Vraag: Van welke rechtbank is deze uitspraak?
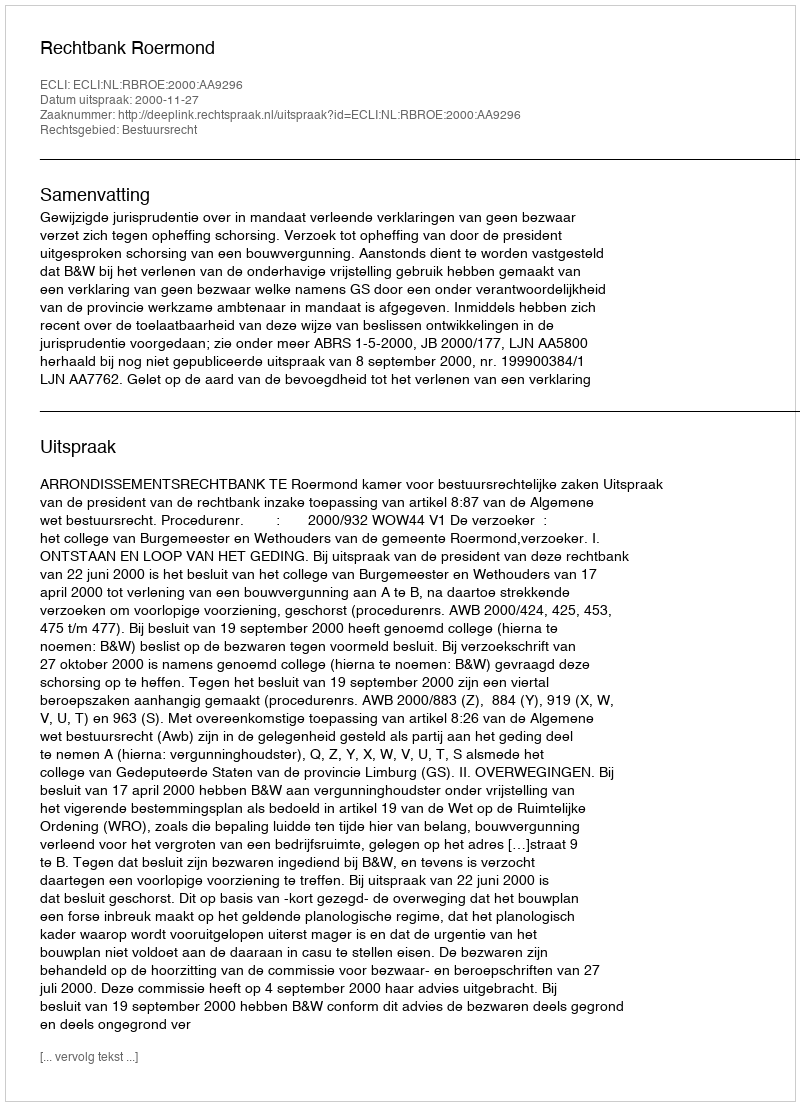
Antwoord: Rechtbank Roermond